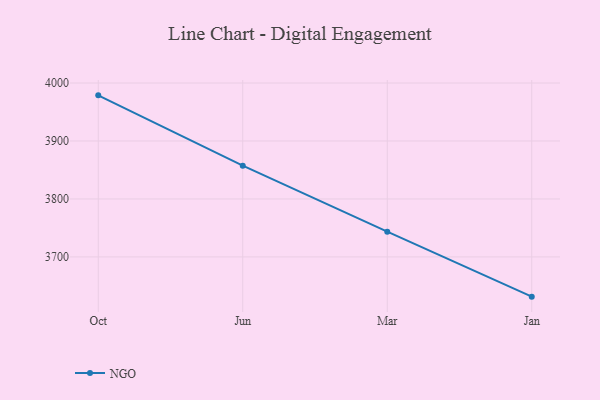
{"axis": {"x": "Month", "y": "Budget (USD K)"}, "legend": ["NGO"], "data": [{"x": "Oct", "y": 3978.7, "type": "NGO"}, {"x": "Jun", "y": 3857.4, "type": "NGO"}, {"x": "Mar", "y": 3743.5, "type": "NGO"}, {"x": "Jan", "y": 3631.5, "type": "NGO"}]}